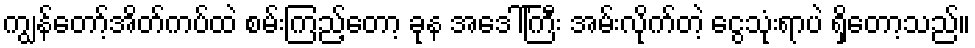
ကျွန်တော့်အိတ်ကပ်ထဲ စမ်းကြည့်တော့ ခုန အဒေါ်ကြီး အမ်းလိုက်တဲ့ ငွေသုံးရာပဲ ရှိတော့သည်။